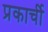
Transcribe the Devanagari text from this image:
प्रकार्ची